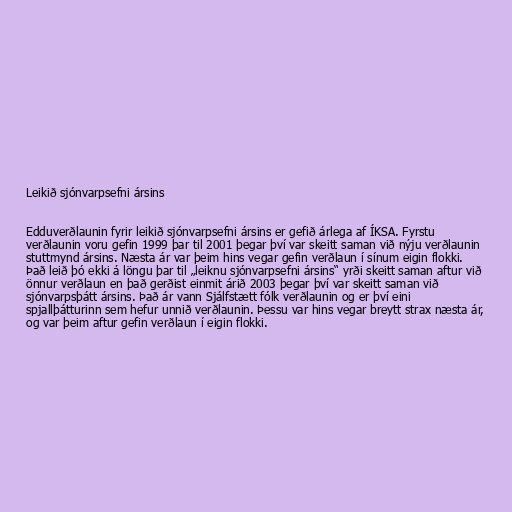
Leikið sjónvarpsefni ársins

Edduverðlaunin fyrir leikið sjónvarpsefni ársins er gefið árlega af ÍKSA. Fyrstu
verðlaunin voru gefin 1999 þar til 2001 þegar því var skeitt saman við nýju verðlaunin
stuttmynd ársins. Næsta ár var þeim hins vegar gefin verðlaun í sínum eigin flokki.
Það leið þó ekki á löngu þar til „leiknu sjónvarpsefni ársins“ yrði skeitt saman aftur við
önnur verðlaun en það gerðist einmit árið 2003 þegar því var skeitt saman við
sjónvarpsþátt ársins. Það ár vann Sjálfstætt fólk verðlaunin og er því eini
spjallþátturinn sem hefur unnið verðlaunin. Þessu var hins vegar breytt strax næsta ár,
og var þeim aftur gefin verðlaun í eigin flokki.